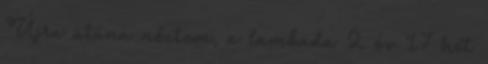
Újra utána néztem, a lambada 2 év 17 hét